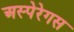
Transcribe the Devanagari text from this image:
अस्पेरेगस